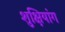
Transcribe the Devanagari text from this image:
शुक्षियांग